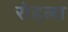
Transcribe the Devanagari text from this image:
रोहला